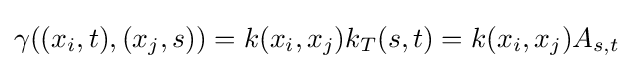
{\textstyle \gamma ((x_{i},t),(x_{j},s))=k(x_{i},x_{j})k_{T}(s,t)=k(x_{i},x_{j})A_{s,t}}